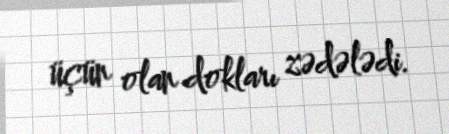
üçün olan dokları zədələdi.